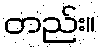
တည်း။